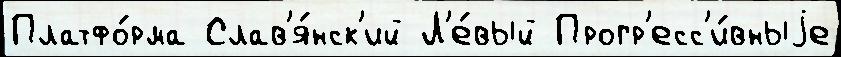
Платфо́рма Слав'я́нск'ий Л'е́вый Прогр'есс'и́вныjе